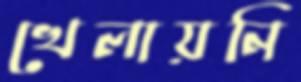
খেলায়নি